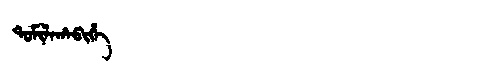
Manchu: ᡨᠣᠮᡳᠯᠠᡥᠠᠪᡳᡥᡝ
Romanization: TOMILAHABIHE